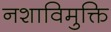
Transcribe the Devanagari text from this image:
नशाविमुक्ति